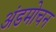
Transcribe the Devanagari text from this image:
अंडमोचन